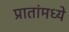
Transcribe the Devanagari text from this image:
प्रातांमध्ये